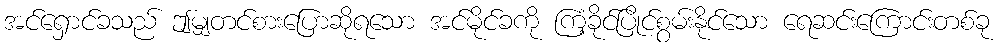
အင်ရှောင်ခသည် ဤမျှတင်စားပြောဆိုရသော အင်မိုင်ခကို ကြံ့ခိုင်ပြိုင်စွမ်းနိုင်သော ရေဆင်းကြောင်းတစ်ခု